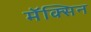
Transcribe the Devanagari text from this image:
मॅक्सिन